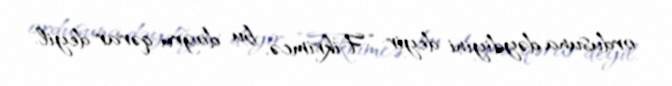
ordusuna dəydiyini deyir: “Fikrimcə, bu doğru qərar deyil.